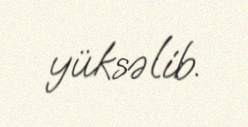
yüksəlib.